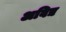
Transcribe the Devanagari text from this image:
अविद्य